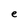
Character: e